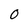
Character: 0